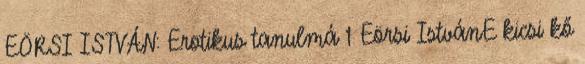
EÖRSI ISTVÁN: Erotikus tanulmá 1 Eörsi IstvánE kicsi kő